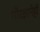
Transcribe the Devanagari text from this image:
गोरक्षानेही